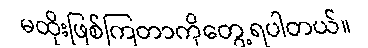
မထိုးဖြစ်ကြတာကိုတွေ့ရပါတယ်။